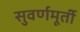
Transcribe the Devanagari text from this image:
सुवर्णमूर्ती